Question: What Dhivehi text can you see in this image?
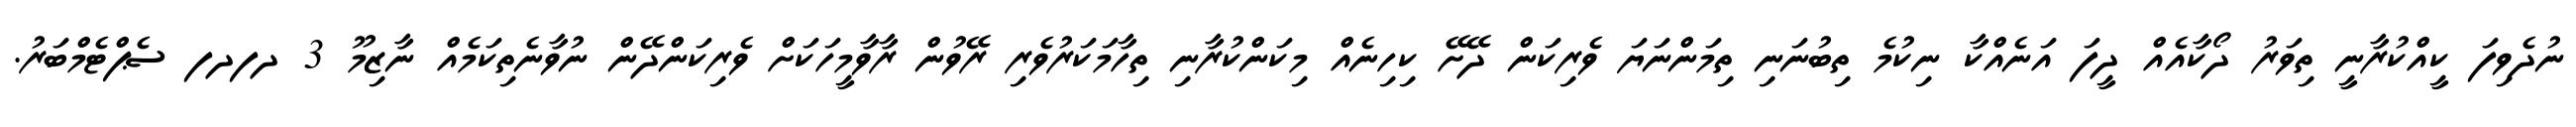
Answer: ނުދެވިފަ ކީއްކުރާނީ ތިވަރު ދޯކާއެއް ދީފަ އަނެއްކާ ނިކުމެ ތިބުނަނި ތިމަންނަޔަ ވެރިކަން ދޭށޭ ކިހިނެއް މިކަންކުރާނި ތިހާމަކަރުވެރި ރޭވުން ރާވާމީހަކަށް ވެރިކަންދޭން ނުވާނެތިކަމެއް ނާޒިމޫ 3 ދފދފ ސެޕްޓެމްބަރު.